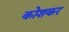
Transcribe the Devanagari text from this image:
कोशकर